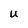
Character: U